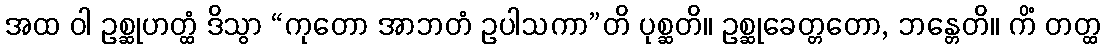
အထ ဝါ ဥစ္ဆုဟတ္ထံ ဒိသွာ “ကုတော အာဘတံ ဥပါသကာ”တိ ပုစ္ဆတိ။ ဥစ္ဆုခေတ္တတော, ဘန္တေတိ။ ကိံ တတ္ထ